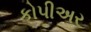
કોપીઅર